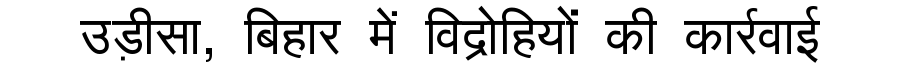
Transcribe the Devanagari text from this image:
उड़ीसा, बिहार में विद्रोहियों की कार्रवाई